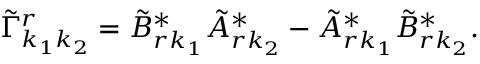
\tilde { \Gamma } _ { k _ { 1 } k _ { 2 } } ^ { r } = \tilde { B } _ { r k _ { 1 } } ^ { * } \tilde { A } _ { r k _ { 2 } } ^ { * } - \tilde { A } _ { r k _ { 1 } } ^ { * } \tilde { B } _ { r k _ { 2 } } ^ { * } .